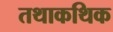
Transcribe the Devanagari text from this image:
तथाकथिक